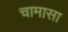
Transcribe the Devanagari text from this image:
चामासा